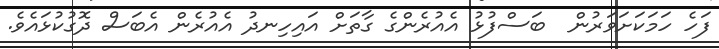
ފަހެ ހަމަކަށަވަރުން  ބަސްފުޅު އެއުރެންގެ ގާތަށް އައިހިނދު އެއުރެން އެބަސް ދޮގުކުޅައެވެ.